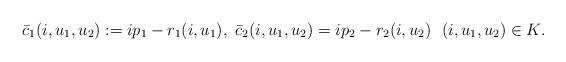
LaTeX: \begin{align*}\bar{c}_1(i,u_1,u_2):=ip_1-r_1(i,u_1),~\bar{c}_2(i,u_1,u_2)=ip_2-r_2(i,u_2)~~(i,u_1,u_2)\in K.\end{align*}